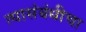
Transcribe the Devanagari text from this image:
त्यासंबंधीचा